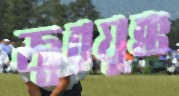
জ্বরযুক্ত